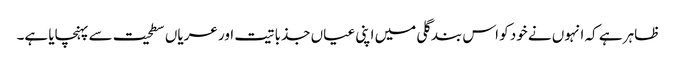
ظاہر ہے کہ انہوں نے خود کو اس بند گلی میں اپنی عیاں جذباتیت اور عریاں سطحیت سے پہنچایا ہے۔